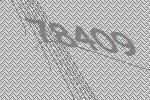
78409